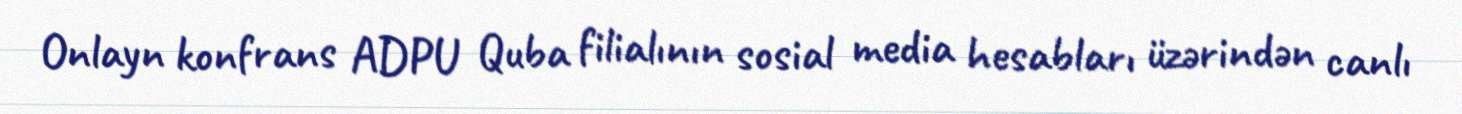
Onlayn konfrans ADPU Quba filialının sosial media hesabları üzərindən canlı